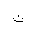
Letter: _non